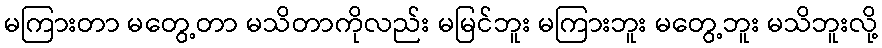
မကြားတာ မတွေ့တာ မသိတာကိုလည်း မမြင်ဘူး မကြားဘူး မတွေ့ဘူး မသိဘူးလို့